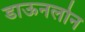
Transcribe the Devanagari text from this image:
डाऊनलोन